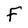
Character: F